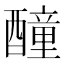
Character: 𨣒